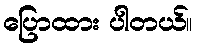
ပြောထား ပါတယ်။